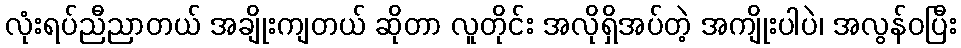
လုံးရပ်ညီညာတယ် အချိုးကျတယ် ဆိုတာ လူတိုင်း အလိုရှိအပ်တဲ့ အကျိုးပါပဲ၊ အလွန်ဝပြီး